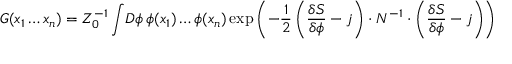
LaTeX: G ( x _ { 1 } \ldots x _ { n } ) = Z _ { 0 } ^ { - 1 } \int \! { \cal D } \phi \, \phi ( x _ { 1 } ) \ldots \phi ( x _ { n } ) \exp \left( - { \frac { 1 } { 2 } } \left( { \frac { \delta S } { \delta \phi } } - j \right) \cdot N ^ { - 1 } \cdot \left( { \frac { \delta S } { \delta \phi } } - j \right) \right)